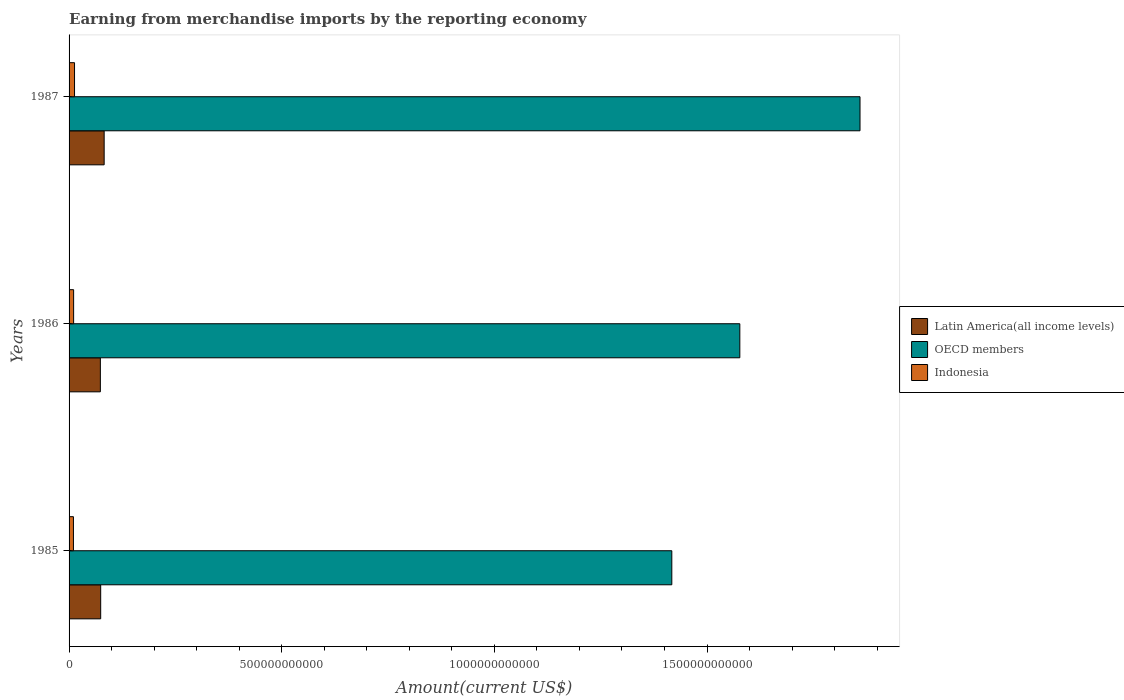
| Years | Latin America(all income levels) | OECD members | Indonesia |
 | --- | --- | --- | --- |
 | 1985 | 7.43e+10 | 1.42e+12 | 1.03e+10 |
 | 1986 | 7.36e+10 | 1.58e+12 | 1.07e+10 |
 | 1987 | 8.25e+10 | 1.86e+12 | 1.29e+10 |